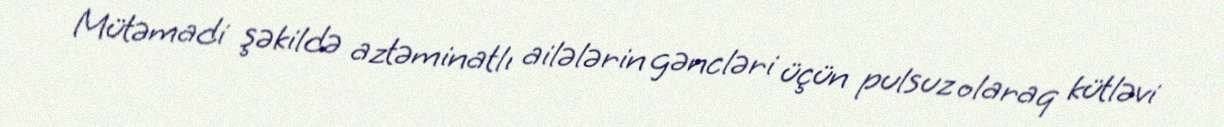
Mütəmadi şəkildə aztəminatlı ailələrin gəncləri üçün pulsuz olaraq kütləvi